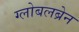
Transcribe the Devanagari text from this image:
ग्लोबलब्रेन